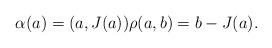
LaTeX: \begin{align*} \alpha(a) = (a, J(a)) \rho(a, b) = b - J(a).\end{align*}